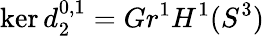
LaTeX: \ker d_{2}^{0,1}=Gr^{1}H^{1}(S^{3})